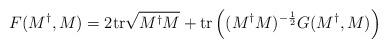
LaTeX: \begin{align*}F(M^{\dag},M) = 2 {\rm tr} \sqrt{M^{\dag} M} + {\rm tr} \left( (M^{\dag} M)^{-{1 \over 2}} G(M^{\dag},M) \right)\end{align*}